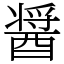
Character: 醤